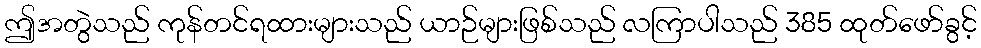
ဤအတွဲသည် ကုန်တင်ရထားများသည် ယာဉ်များဖြစ်သည် လကြာပါသည် 385 ထုတ်ဖော်ခွင့်